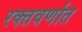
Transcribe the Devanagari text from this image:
रक्तवर्णात